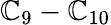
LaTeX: \mathbb{C}_{9}-\mathbb{C}_{10}